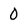
Character: 0